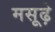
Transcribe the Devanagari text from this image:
मसूढ़े